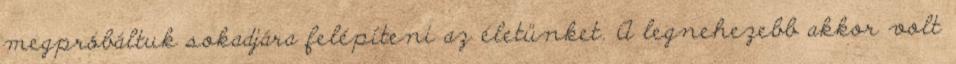
megpróbáltuk sokadjára felépíteni az életünket. A legnehezebb akkor volt